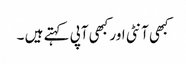
کبھی آنٹی اور کبھی آپی کہتے ہیں ۔